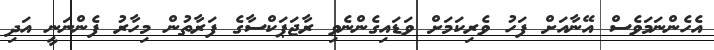
އެހެންނަމަވެސް އޭނާއަށް ފަހު ވެރިކަމަށް ވަޑައިގެންނެވި ރާޖަޕަކްސާގެ ފަރާތުން މިހާރު ފެންނަނީ އަދި